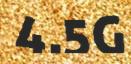
4.5G